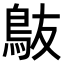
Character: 𬷀